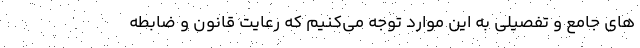
های جامع و تفصیلی به این موارد توجه می‌کنیم که رعایت قانون و ضابطه